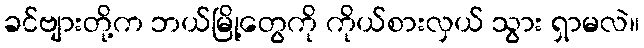
ခင်ဗျားတို့က ဘယ်မြို့တွေကို ကိုယ်စားလှယ် သွား ရှာမလဲ။